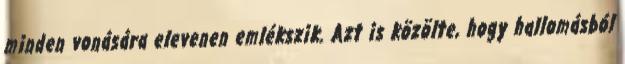
minden vonására elevenen emlékszik. Azt is közölte, hogy hallomásból